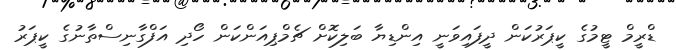
ޑްރީމް ޓީމުގެ ކީޕަރުކަން ދީފައިވަނީ އިންޑިޔާ ބަލިކޮށް ޗެމްޕިއަންކަން ހޯދި އަފްގާނިސްތާނުގެ ކީޕަރު